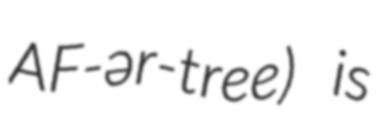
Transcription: AF-ər-tree) is